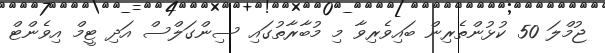
ޖުމްލަ 50 ކުޅުންތެރިން ބައިވެރިވާ މި މުބާރާތުގައި ސިންގަލްސް އަދި ޓީމް އިވެންޓް